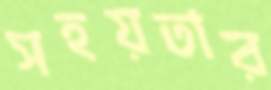
সহয়তার